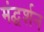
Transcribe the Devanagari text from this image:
मंद्घर्शन